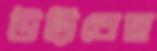
উড়িতেছ